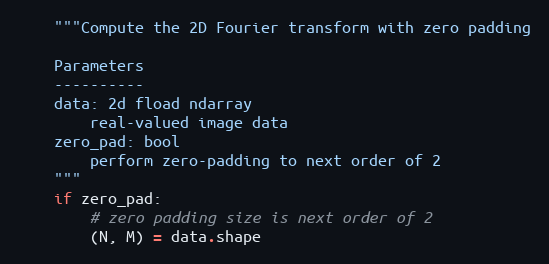
Language: Python
    """Compute the 2D Fourier transform with zero padding

    Parameters
    ----------
    data: 2d fload ndarray
        real-valued image data
    zero_pad: bool
        perform zero-padding to next order of 2
    """
    if zero_pad:
        # zero padding size is next order of 2
        (N, M) = data.shape